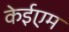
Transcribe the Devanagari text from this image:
केईएम